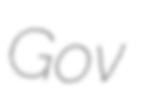
Gov